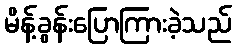
မိန့်ခွန်းပြောကြားခဲ့သည်